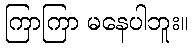
ကြာကြာ မနေပါဘူး။